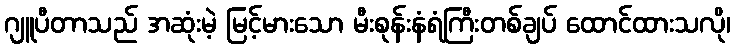
ဂျူပီတာသည် အဆုံးမဲ့ မြင့်မားသော မီးစုန်းနံရံကြီးတစ်ချပ် ထောင်ထားသလို၊